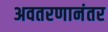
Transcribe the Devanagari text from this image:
अवतरणानंतर